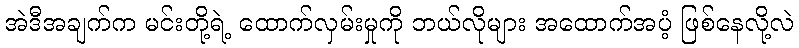
အဲဒီအချက်က မင်းတို့ရဲ့ ထောက်လှမ်းမှုကို ဘယ်လိုများ အထောက်အပံ့ ဖြစ်နေလို့လဲ